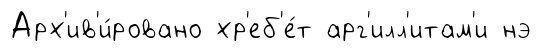
Арх'ив'и́ровано хр'еб'е́т арг'илл'итам'и нэ